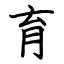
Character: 育